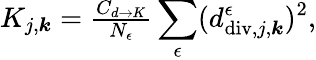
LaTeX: \begin{array}{r}{K_{j,\boldsymbol{k}}=\frac{C_{d\rightarrow K}}{N_{\epsilon}}\displaystyle\sum_{\epsilon}(d_{\mathrm{div},j,\boldsymbol{k}}^{\epsilon})^{2},}\end{array}